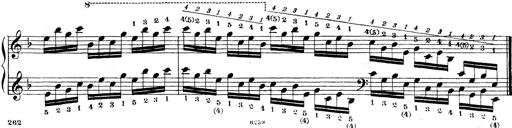
Title: Technische Studien
Composer: Franz Liszt